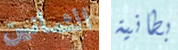
الثمانين بطانية